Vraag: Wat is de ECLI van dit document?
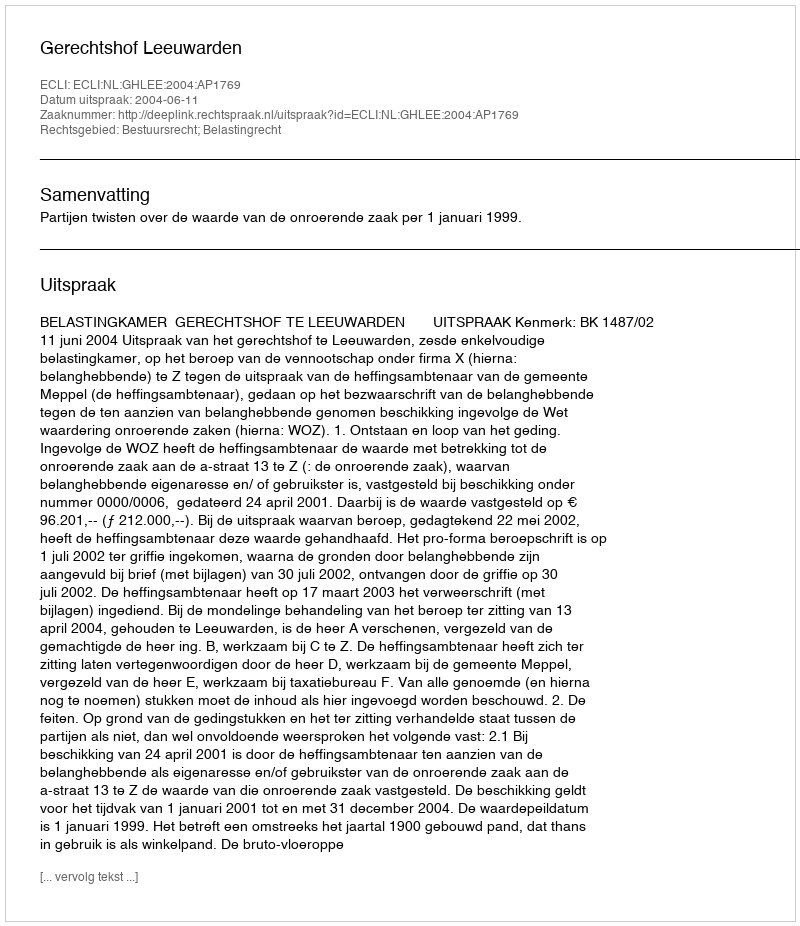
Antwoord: ECLI:NL:GHLEE:2004:AP1769